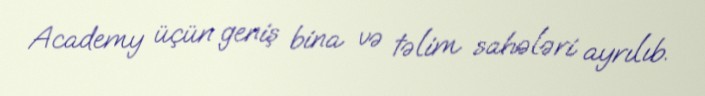
Academy üçün geniş bina və təlim sahələri ayrılıb.